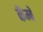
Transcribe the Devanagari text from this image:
कॅम्बे